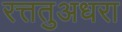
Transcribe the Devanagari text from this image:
रत्ततुअधरा